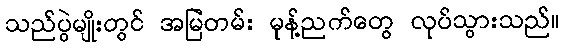
သည်ပွဲမျိုးတွင် အမြဲတမ်း မုန့်ညက်တွေ လုပ်သွားသည်။